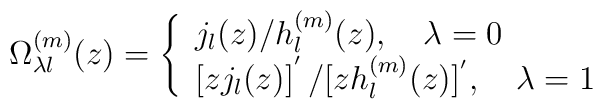
\Omega _{\lambda l}^{(m)}(z)=\left\{ \begin{array}{l}j_l(z)/h_l^{(m)}(z),\quad \lambda =0 \\\left[ zj_l(z)\right] ^{'}/[zh^{(m)}_l(z)]^{'},\quad \lambda =1\end{array} \right.